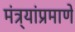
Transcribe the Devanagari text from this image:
मंत्र्यांप्रमाणे